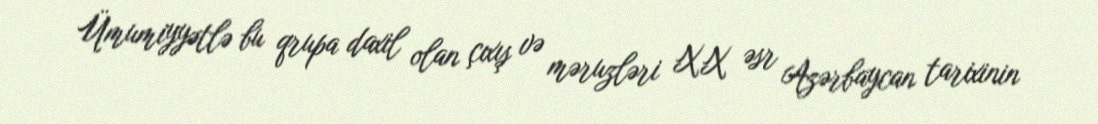
Ümumiyyətlə bu qrupa daxil olan çıxış və məruzləri XX əsr Azərbaycan tarixinin